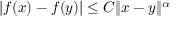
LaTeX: | f ( x ) - f ( y ) | \leq C \| x - y \| ^ { \alpha }